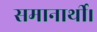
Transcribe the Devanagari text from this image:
समानार्थी।